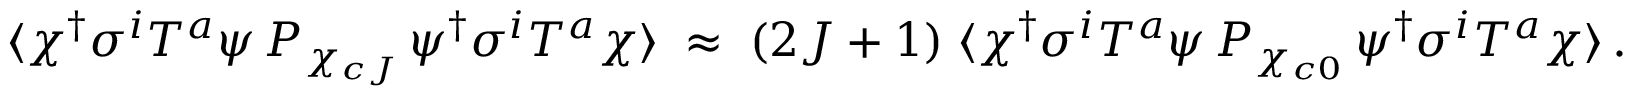
\langle \chi ^ { \dagger } \sigma ^ { i } T ^ { a } \psi \, { \cal P } _ { \chi _ { c J } } \, \psi ^ { \dagger } \sigma ^ { i } T ^ { a } \chi \rangle \; \approx \; ( 2 J + 1 ) \; \langle \chi ^ { \dagger } \sigma ^ { i } T ^ { a } \psi \, { \cal P } _ { \chi _ { c 0 } } \, \psi ^ { \dagger } \sigma ^ { i } T ^ { a } \chi \rangle \, .